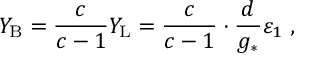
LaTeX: Y _ { \mathrm { B } } = \frac { c } { c - 1 } Y _ { \mathrm { L } } = \frac { c } { c - 1 } \cdot \frac { d } { g _ { * } ^ { ~ } } \varepsilon _ { 1 } \; ,